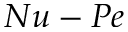
N u - P e